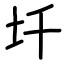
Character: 圲